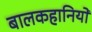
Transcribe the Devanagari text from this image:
बालकहानियों